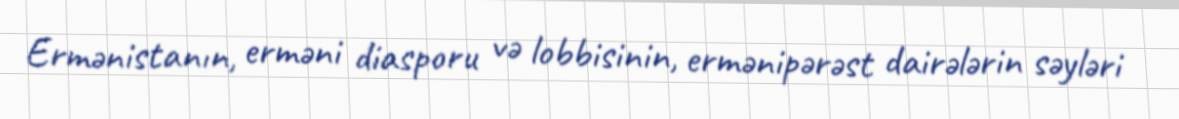
Ermənistanın, erməni diasporu və lobbisinin, ermənipərəst dairələrin səyləri